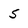
Character: 5